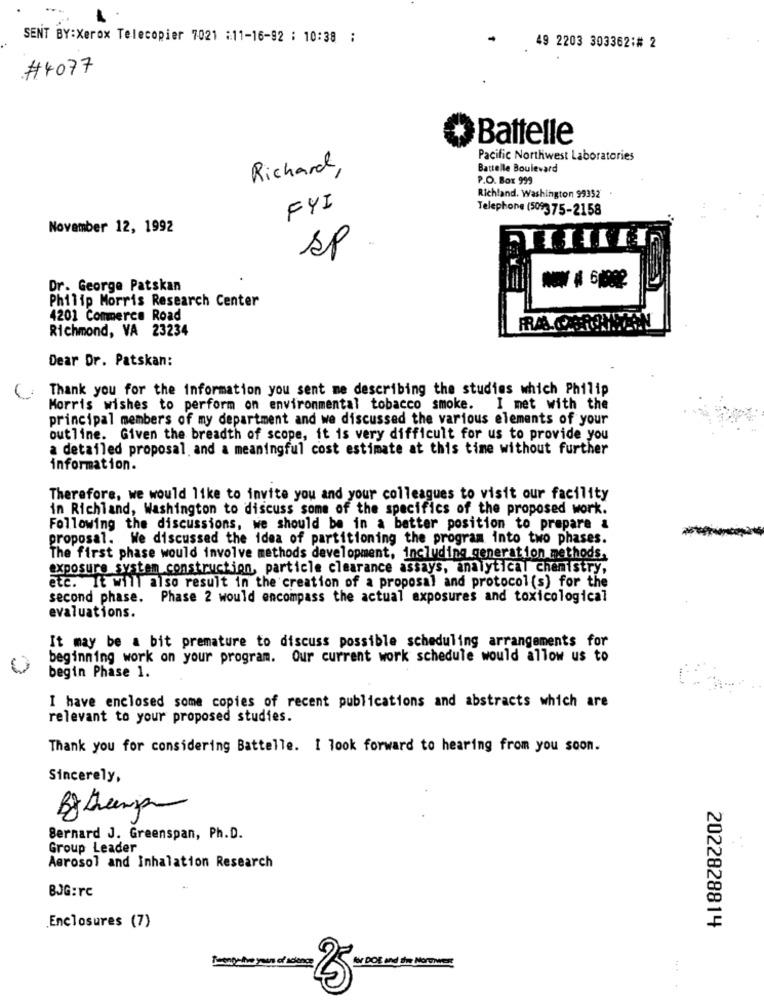
SENT BY:Xerox Telecopier 7021 :11-16-92 : 10:38 :
49 2203 303362:# 2
.#4077
Battelle
Pacific Northwest Laboratories
Richard,
Battelle Boulevard
P.O. Box 999
Richland, Washington 99352
FYI
Telephone (509375-2158
November 12, 1992
sp
Dr. George Patskan
Philip Morris Research Center
4201 Commerce Road
Richmond, VA 23234
Dear Dr. Patskan:
Thank you for the information you sent me describing the studies which Philip
Morris wishes to perform on environmental tobacco smoke. I met with the
principal members of my department and we discussed the various elements of your
outline. Given the breadth of scope, it is very difficult for us to provide you
a detailed proposal and a meaningful cost estimate at this time without further
information.
Therefore, we would like to invite you and your colleagues to visit our facility
in Richland, Washington to discuss some of the specifics of the proposed work.
Following the discussions, we should be in a better position to prepare a
proposal. We discussed the idea of partitioning the program into two phases.
The first phase would involve methods development, including generation methods.
exposure system construction, particle clearance assays, analytical chemistry,
etc. It will also result in the creation of a proposal and protocol (s) for the
second phase. Phase 2 would encompass the actual exposures and toxicological
evaluations.
It may be a bit premature to discuss possible scheduling arrangements for
beginning work on your program. Our current work schedule would allow us to
begin Phase 1.
I have enclosed some copies of recent publications and abstracts which are
relevant to your proposed studies.
Thank you for considering Battelle. I look forward to hearing from you soon.
Sincerely,
Bernard J. Greenspan, Ph.D.
Group Leader
Aerosol and Inhalation Research
BJG:rc
.Enclosures (7)
2022828814
DOE and the Norenvers